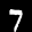
Label: 7